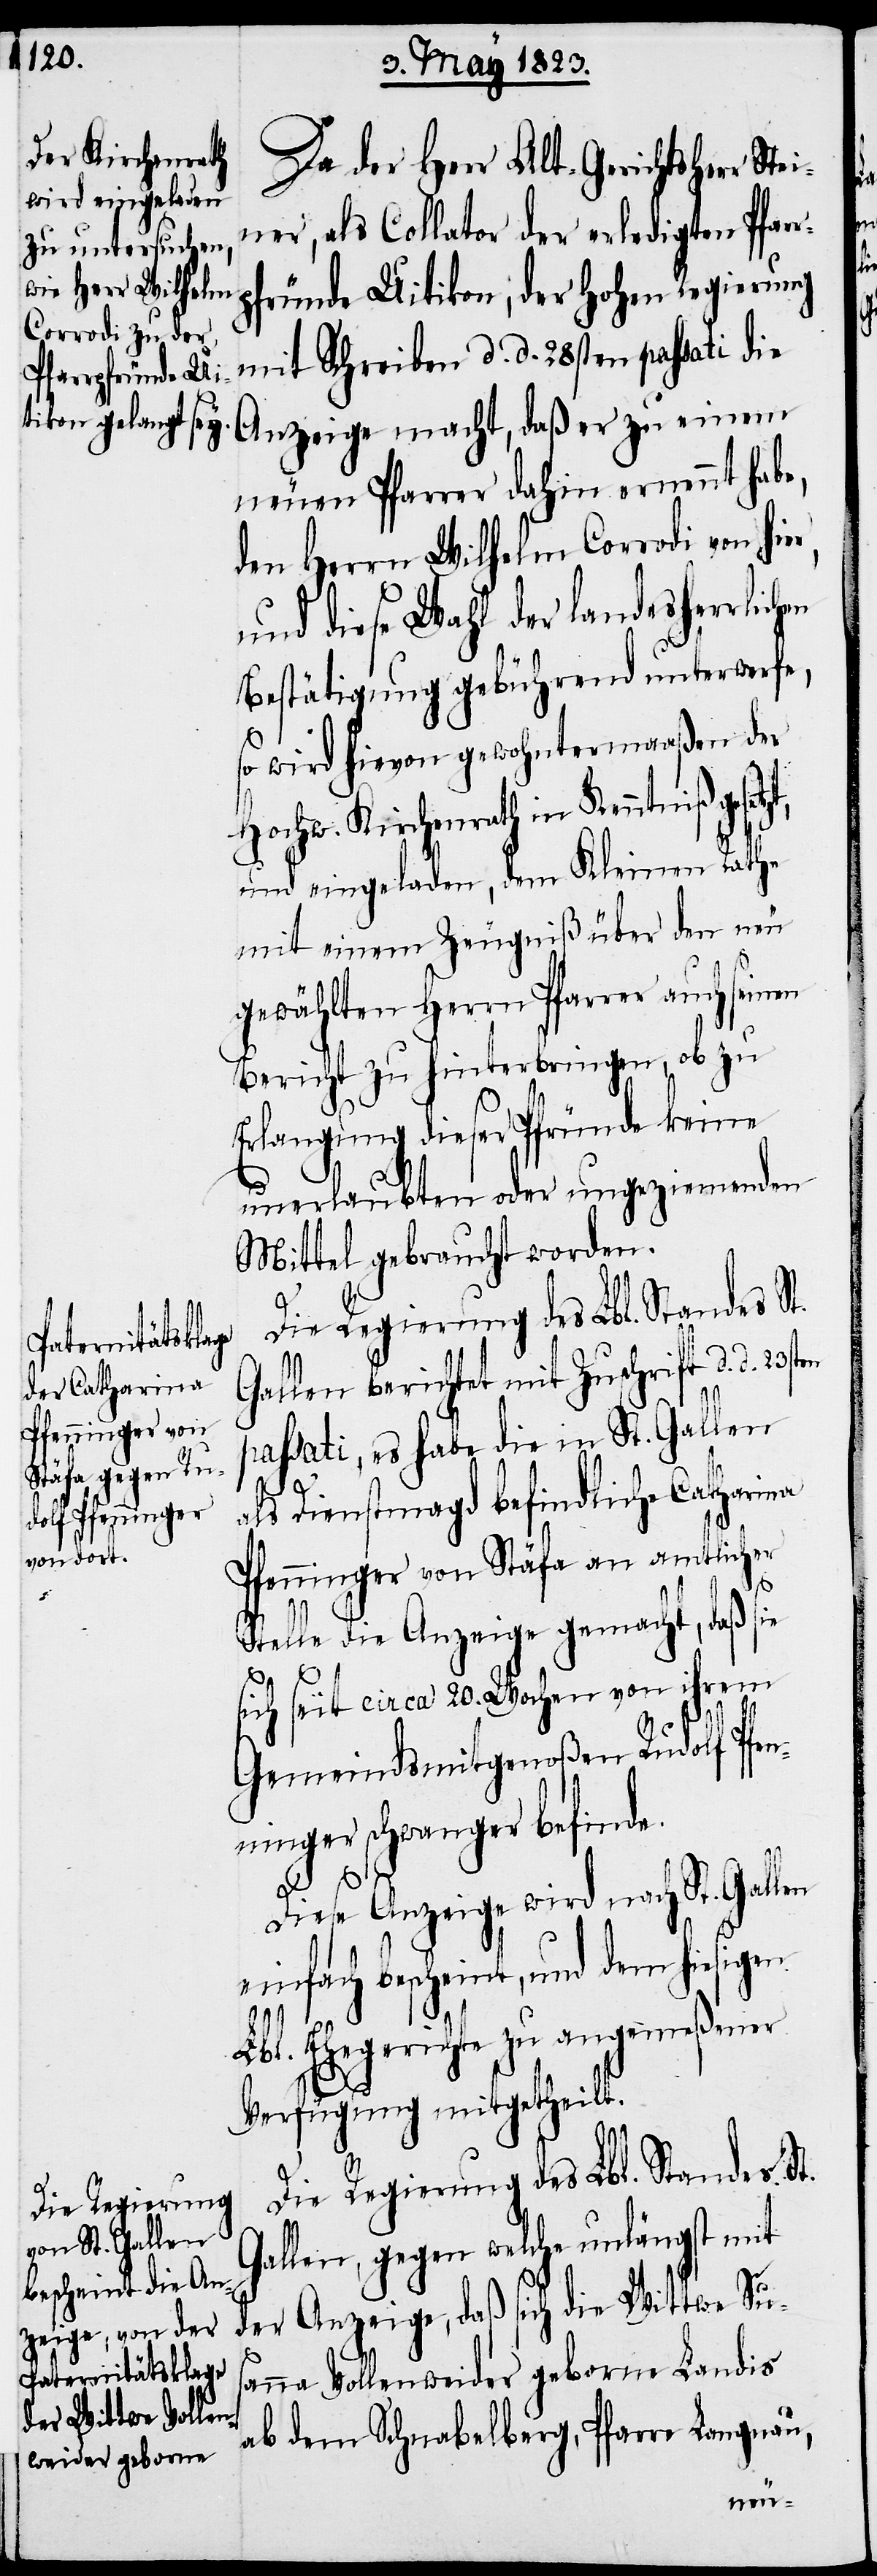
Da der Herr Alt-Gerichtsherr Ste¬
iner, als Collator der erledigten Pfar¬
fründe Uitikon, der hohen Regierung
mit Schreiben d. d. 28sten passati die
neuen Pfarrer dahin ernennt hab¬
den Herrn Wilhelm Corrodi von hie¬
und diese Wahl der landesherrlichen
Bestätigung gebührend unterwerfe,
so wird hievon gewohntermaaßen der
Hochw. Kirchenrath in Kenntniß gese¬
und eingeladen, dem Kleinen Rathe
mit einem Zeugniß über den neu
gewählten Herrn Pfarrer auch seinen
Bericht zu hinterbringen, ob zu
Erlangung dieser Pfründe keine
unerlaubten oder ungeziemenden
Mittel gebraucht worden.
Die Regierung des Lbl. Standes St.
Gallen berichtet mit Zuschrift d. d.
passati, es habe die in St. Gallen
als Dienstmagd befindliche Catharina
Pfenninger von Stäfa an amtlicher
Stelle die Anzeige gemacht, daß sie
sich seit circa 20. Wochen von ihrem
Gemeindsmitgenoßen Rudolf Pfe¬
nninger schwanger befinde.
tzt,
Diese Anzeige wird nach St. Gallen
einfach bescheint, und dem hiesigen
a¬
Lbl. Ehegerichte zu angemeßener
Verfügung mitgetheilt.
Die Regierung des Lbl. Standes St.
Gallen, gegen welche unlängst mit
der Anzeige, daß sich die Wittwe Sus¬
nna Vollenweider geborne Landis
ab dem Schnabelberg, Pfarre Langnau,